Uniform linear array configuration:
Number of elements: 24
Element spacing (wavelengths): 0.75
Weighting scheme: hamming
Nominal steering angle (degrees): -15
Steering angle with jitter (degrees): -16.866
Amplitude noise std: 0.05
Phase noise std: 0.05

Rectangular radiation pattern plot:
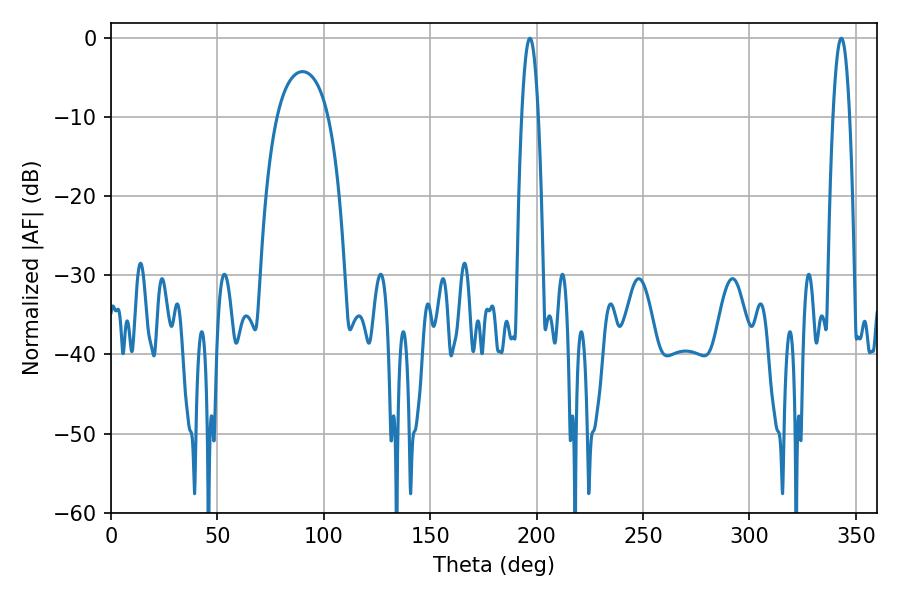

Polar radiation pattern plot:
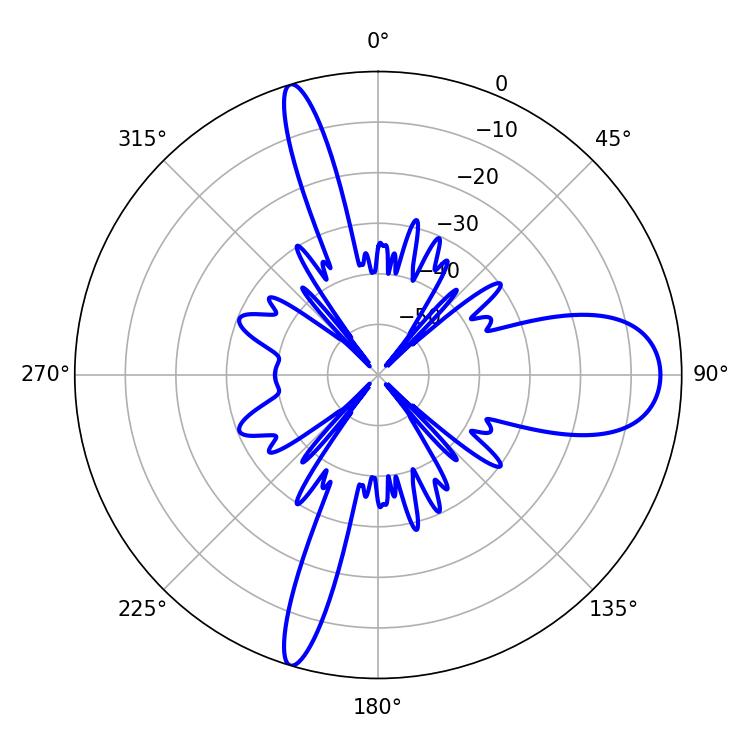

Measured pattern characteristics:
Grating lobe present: TRUE
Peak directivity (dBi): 14.315
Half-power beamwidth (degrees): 4.14
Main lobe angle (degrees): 343.08